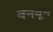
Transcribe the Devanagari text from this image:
वनवून